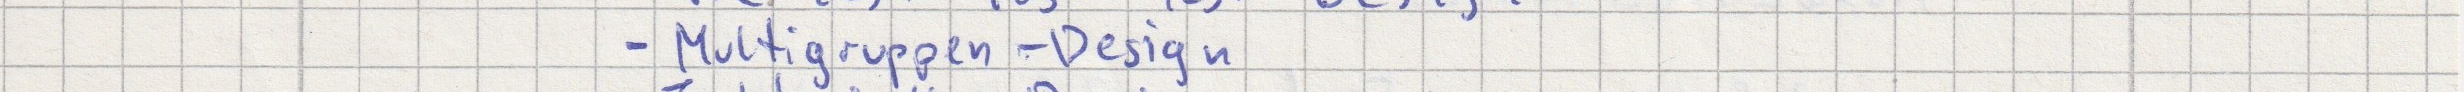
- Multigruppen-Design